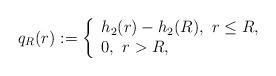
LaTeX: \begin{align*}q_{R}(r):=\left\{\begin{array}{ll} h_{2}(r)-h_{2}(R),\,\,r\leq R,\\ 0, \,\,r>R, \\\end{array}\right.\end{align*}